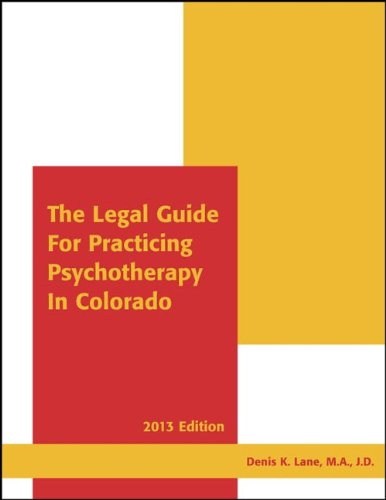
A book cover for LEGAL GDE.F/PRACTICING PSYCHOT; M.A., J.D. Denis K. Lane; Law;